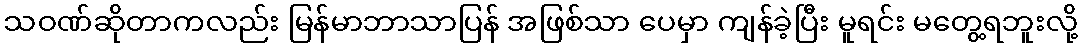
သဝဏ်ဆိုတာကလည်း မြန်မာဘာသာပြန် အဖြစ်သာ ပေမှာ ကျန်ခဲ့ပြီး မူရင်း မတွေ့ရဘူးလို့